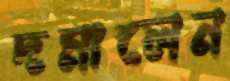
দমালেন